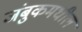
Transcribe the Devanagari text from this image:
जंबुकमधील